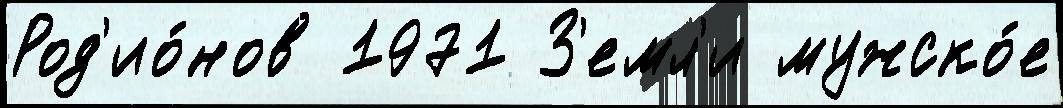
Род'ио́нов 1971 З'емл'и мужско́е